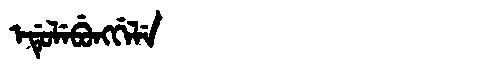
Manchu: ᡝᡩᡠᠯᡝᠪᡠᠩᡤᡝᠯᡝ
Romanization: EDULEBUNGGELE